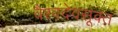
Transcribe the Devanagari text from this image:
वैश्वदेवसूक्त